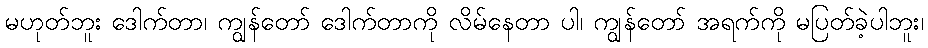
မဟုတ်ဘူး ဒေါက်တာ၊ ကျွန်တော် ဒေါက်တာကို လိမ်နေတာ ပါ၊ ကျွန်တော် အရက်ကို မပြတ်ခဲ့ပါဘူး၊